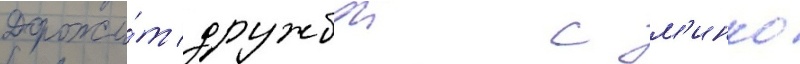
Дорожи́т дружбои с м'инко